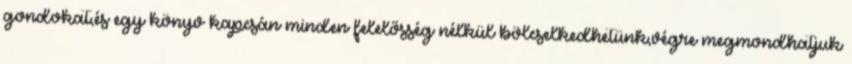
gondokat,és egy könyv kapcsán minden felelősség nélkül bölcselkedhetünk,végre megmondhatjuk